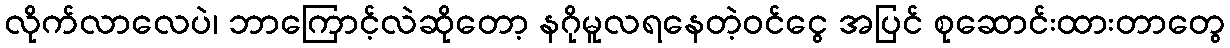
လိုက်လာလေပဲ၊ ဘာကြောင့်လဲဆိုတော့ နဂိုမူလရနေတဲ့ဝင်ငွေ အပြင် စုဆောင်းထားတာတွေ